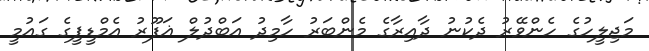
މަޖިލީހުގެ ހެންވޭރު ދެކުނު ދާއިރާގެ މެންބަރު ހާމިދު އަބްދުލް ޣަފޫރު އެމްޑީޕީގެ ގައުމީ